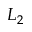
L _ { 2 }